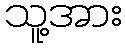
သူ့အား